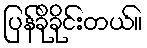
ပြန်ခိုခိုင်းတယ်။